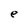
Character: e